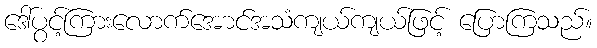
ဒေါ်ပွင့်ကြားလောက်အောင်အသံကျယ်ကျယ်ဖြင့် ပြောကြသည်။